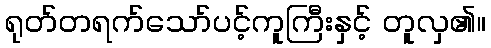
ရုတ်တရက်သော်ပင့်ကူကြီးနှင့် တူလှ၏။